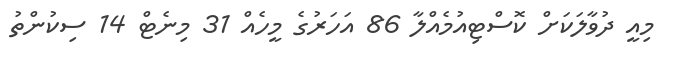
މިއީ ދުވާލަކަށް ކޮސްޓިއުމެއްލާ 86 އަހަރުގެ މީހެއް 31 މިނެޓް 14 ސިކުންތު